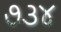
૭૩૪